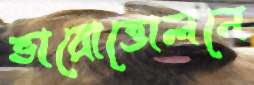
ভারোত্তোলনে